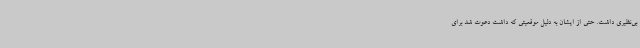
بی‌نظیری داشت. حتی از ایشان به دلیل موقعیتی که داشت دعوت شد برای